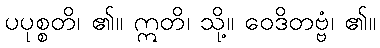
ပပုစ္စတိ၊ ၏။ ဣတိ၊ သို့။ ဝေဒိတဗ္ဗံ၊ ၏။